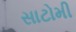
સાટોમી